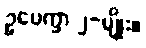
ဥပေက္ခာ ၂-မျိုး။